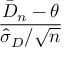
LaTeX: \frac { { \bar { D } } _ { n } - \theta } { { \hat { \sigma } } _ { D } / { \sqrt { n } } }